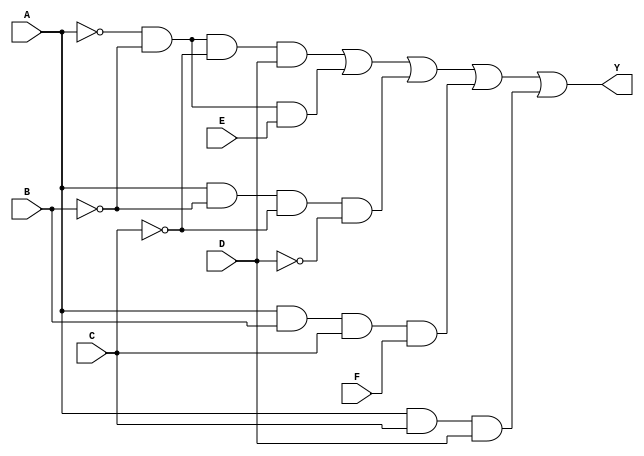
module kmap_six_variable (
    input wire A,  // Input A
    input wire B,  // Input B
    input wire C,  // Input C
    input wire D,  // Input D
    input wire E,  // Input E
    input wire F,  // Input F
    output wire Y  // Output Y
);

// Define the simplified Boolean expression based on the K-map
// Example expression: Y = A'B'C'D + A'B'E' + AB'C'D' + ABCF + ACD + ... (continue based on K-map)
assign Y = (~A & ~B & ~C & D) | (~A & ~B & E) | (A & ~B & ~C & ~D) | (A & B & C & F) | (A & C & D);

// Note: The above expression is just an example. Replace with the actual expression derived from the K-map.

endmodule